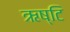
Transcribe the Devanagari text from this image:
ऋष्टि